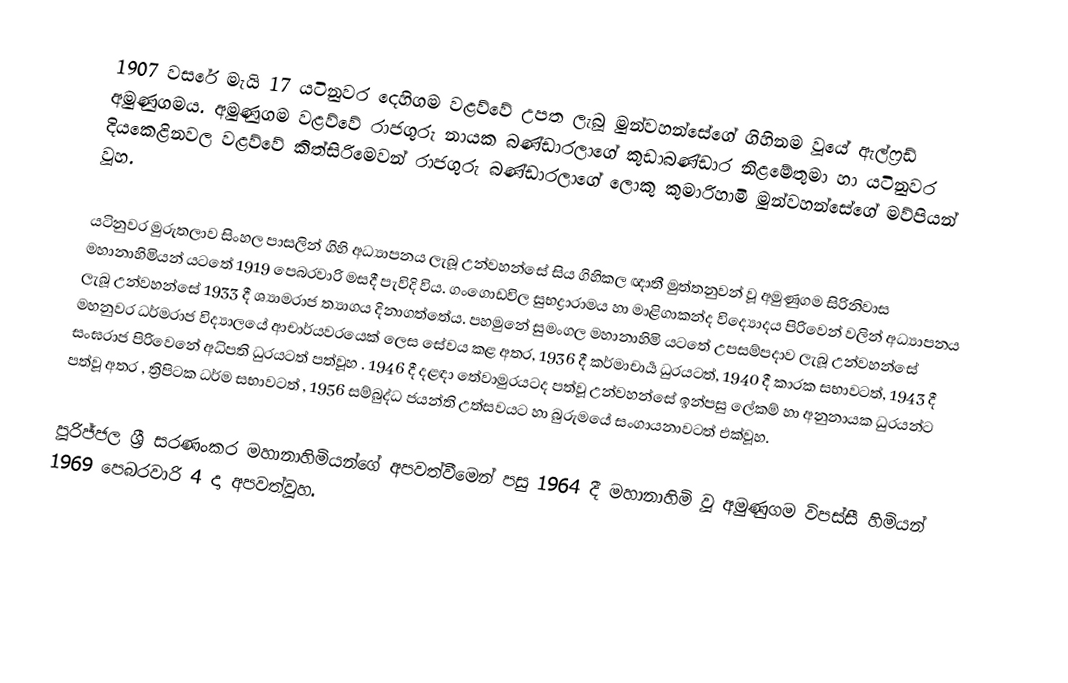
1907 වසරේ මැයි 17 යටිනුවර දෙහිගම වළව්වේ උපත ලැබූ මුන්වහන්සේගේ ගිහිනම වූයේ ඇල්ෆ්‍රඩ්  අමුණුගමය. අමුණුගම වළව්වේ රාජගුරු නායක බණ්ඩාරලාගේ කුඩාබණ්ඩාර නිළමේතුමා හා යටිනුවර දියකෙළිනවල වළව්වේ කිත්සිරිමෙවන් රාජගුරු බණ්ඩාරලාගේ ලොකු කුමාරිහාමි මුන්වහන්සේගේ මව්පියන් වූහ.

යටිනුවර  මුරුතලාව සිංහල පාසලින් ගිහි අධ්‍යාපනය ලැබූ උන්වහන්සේ සිය ගිහිකල ඥාතී මුත්තනුවන් වූ අමුණුගම සිරිනිවාස මහානාහිමියන් යටතේ 1919 පෙබරවාරි මසදී පැවිදි විය. ගංගොඩවිල සුභද්‍රාරාමය හා මාළිගාකන්ද විද්‍යොදය පිරිවෙන් වලින් අධ්‍යාපනය ලැබූ උන්වහන්සේ 1933 දී ශ්‍යාමරාජ ත්‍යාගය දිනාගත්තේය. පහමුනේ සුමංගල මහානාහිමි යටතේ උපසම්පදාව ලැබූ උන්වහන්සේ මහනුවර ධර්මරාජ විද්‍යාලයේ ආචාර්යවරයෙක් ලෙස සේවය කළ අතර, 1936 දී කර්මාචාර්‍ය ධුරයටත්, 1940 දී කාරක සභාවටත්, 1943 දී සංඝරාජ පිරිවෙනේ අධිපති ධුරයටත් පත්වූහ . 1946 දී දළඳා තේවාමුරයටද පත්වූ උන්වහන්සේ ඉන්පසු ලේකම් හා අනුනායක ධුරයන්ට පත්වූ අතර , ත්‍රිපිටක ධර්ම සභාවටත් , 1956 සම්බුද්ධ ජයන්ති උත්සවයට හා බුරුමයේ සංගායනාවටත් එක්වූහ.

පූරිජ්ජල ශ්‍රී සරණංකර මහානාහිමියන්ගේ අපවත්වීමෙන් පසු 1964 දී මහානාහිමි වූ අමුණුගම විපස්සී හිමියන් 1969 පෙබරවාරි 4 දා අපවත්වූහ.